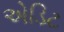
એડિટ